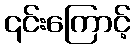
၎င်းကြောင့်